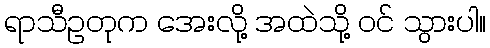
ရာသီဥတုက အေးလို့ အထဲသို့ ဝင် သွားပါ။